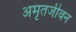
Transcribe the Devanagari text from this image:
अमृतजीवन